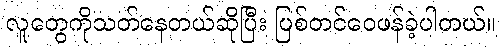
လူတွေကိုသတ်နေတယ်ဆိုပြီး ပြစ်တင်ဝေဖန်ခဲ့ပါတယ်။